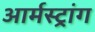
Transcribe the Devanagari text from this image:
आर्मस्‍ट्रांग